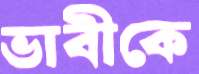
ভাবীকে